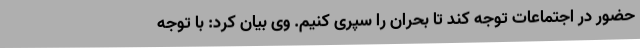
حضور در اجتماعات توجه کند تا بحران را سپری کنیم. وی بیان کرد: با توجه